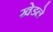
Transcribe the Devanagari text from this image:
खेडले